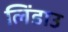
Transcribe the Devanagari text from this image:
लिंडाउ